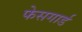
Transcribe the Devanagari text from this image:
फेसगार्ड